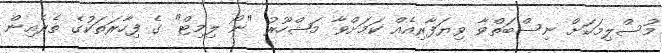
މުސްލިމަކަށް ނިސްބަތްވާ ވިޔަފާރިއެއް ކަމަށްވާ މަޝްހޫރު "ނޯ ލިމިޓް" ގެ ފިހާރަތަކުގެ ތެރެއިން